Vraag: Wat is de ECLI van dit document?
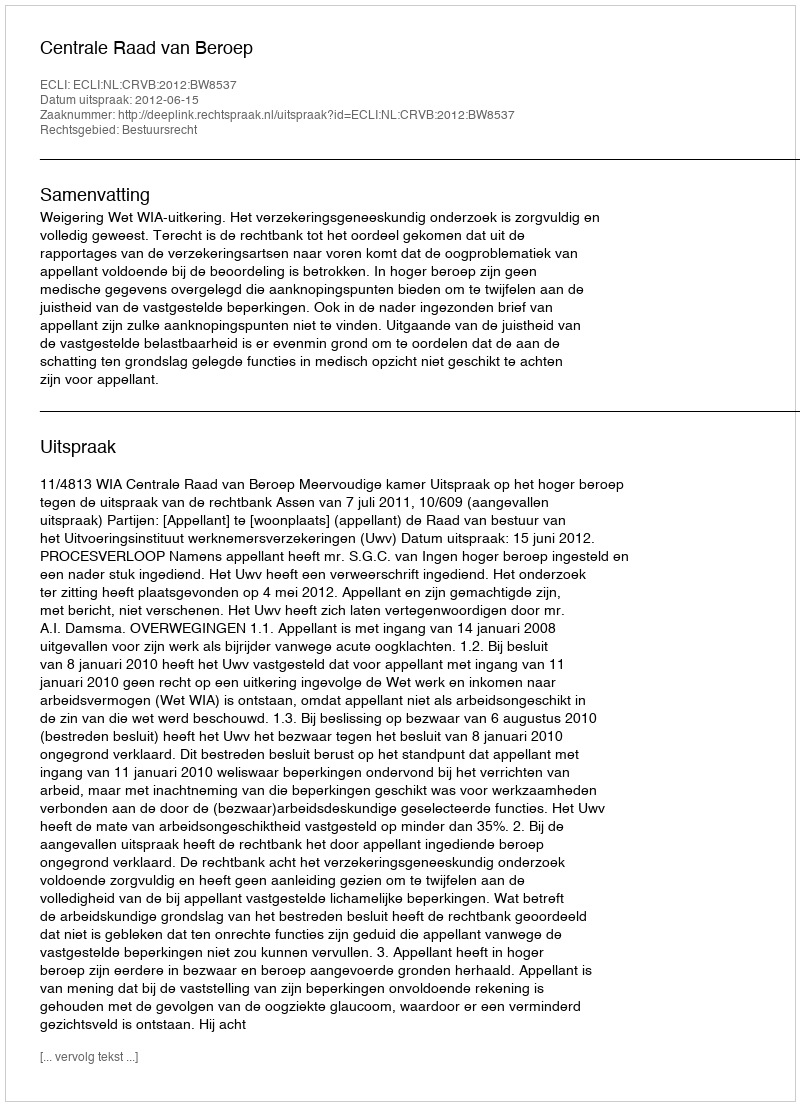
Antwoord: ECLI:NL:CRVB:2012:BW8537